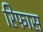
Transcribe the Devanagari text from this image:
रिफास